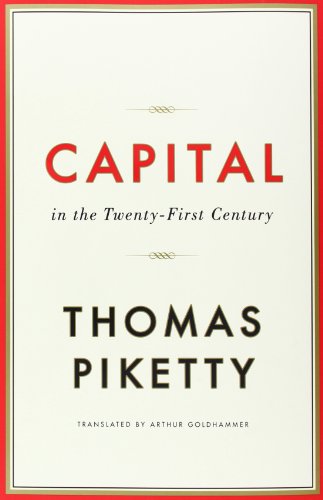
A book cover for Capital in the Twenty-First Century; Thomas Piketty; Business & Money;